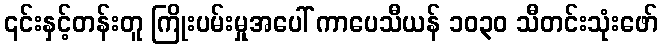
၎င်းနှင့်တန်းတူ ကြိုးပမ်းမှုအပေါ် ကာပေသီယန် ၁၀၃၀ သီတင်းသုံးဖော်